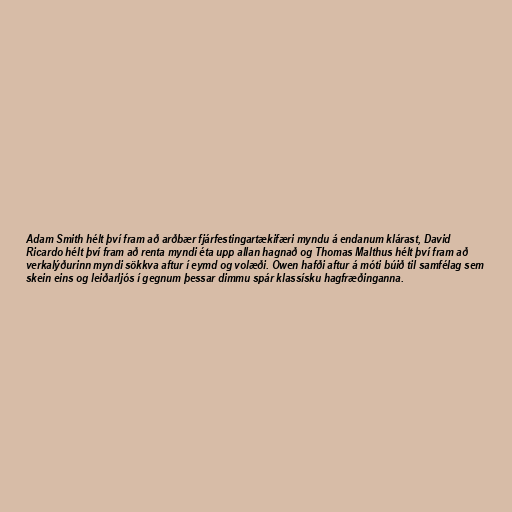
Adam Smith hélt því fram að arðbær fjárfestingartækifæri myndu á endanum klárast, David
Ricardo hélt því fram að renta myndi éta upp allan hagnað og Thomas Malthus hélt því fram að
verkalýðurinn myndi sökkva aftur í eymd og volæði. Owen hafði aftur á móti búið til samfélag sem
skein eins og leiðarljós í gegnum þessar dimmu spár klassísku hagfræðinganna.